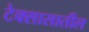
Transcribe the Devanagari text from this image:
टेक्सासातील